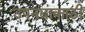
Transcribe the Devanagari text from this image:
उपनद्याकाठी